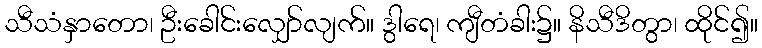
သီသံနှာတော၊ ဦးခေါင်းလျှော်လျက်။ ဒွါရေ၊ ကျီတံခါး၌။ နိသီဒိတွာ၊ ထိုင်၍။